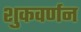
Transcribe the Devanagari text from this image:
शुकवर्णन